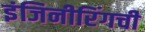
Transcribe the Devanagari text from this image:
इंजिनीरिंगची